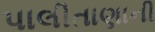
પાલીતાણાની